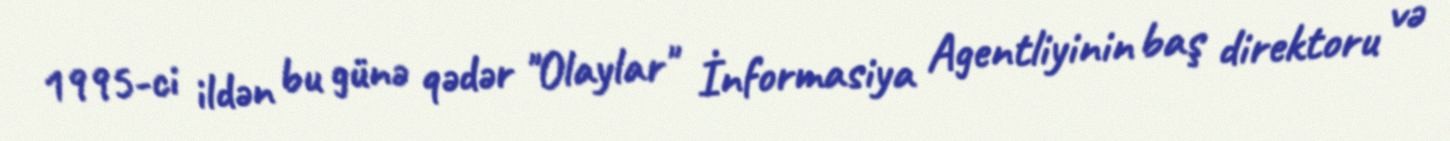
1995-ci ildən bu günə qədər "Olaylar" İnformasiya Agentliyinin baş direktoru və